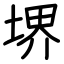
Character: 堺